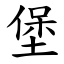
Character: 堡